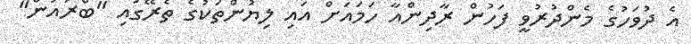
އެ ދުވަހުގެ މެންދުރުވީ ފަހުން ރާދިންއާ ހަމައަށް އައި ލިޔުންތަކުގެ ތެރޭގައި "ބްރައުން"